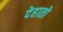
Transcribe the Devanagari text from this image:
देहातो